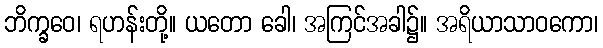
ဘိက္ခဝေ၊ ရဟန်းတို့။ ယတော ခေါ၊ အကြင်အခါ၌။ အရိယာသာဝကော၊